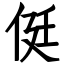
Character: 侹